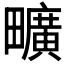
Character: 𤳱